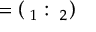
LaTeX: \mathbf { \theta } = \left( \mathbf { \theta } _ { 1 } : \mathbf { \theta } _ { 2 } \right)